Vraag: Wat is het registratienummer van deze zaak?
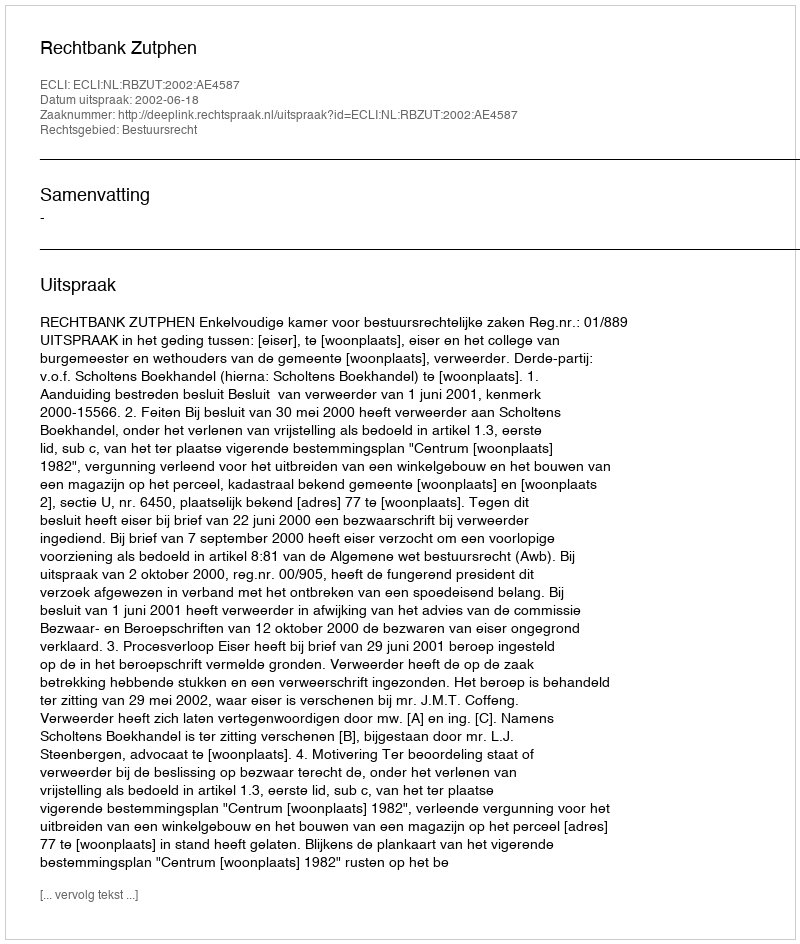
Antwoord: http://deeplink.rechtspraak.nl/uitspraak?id=ECLI:NL:RBZUT:2002:AE4587